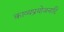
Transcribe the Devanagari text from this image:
काव्यप्रयोजनादि